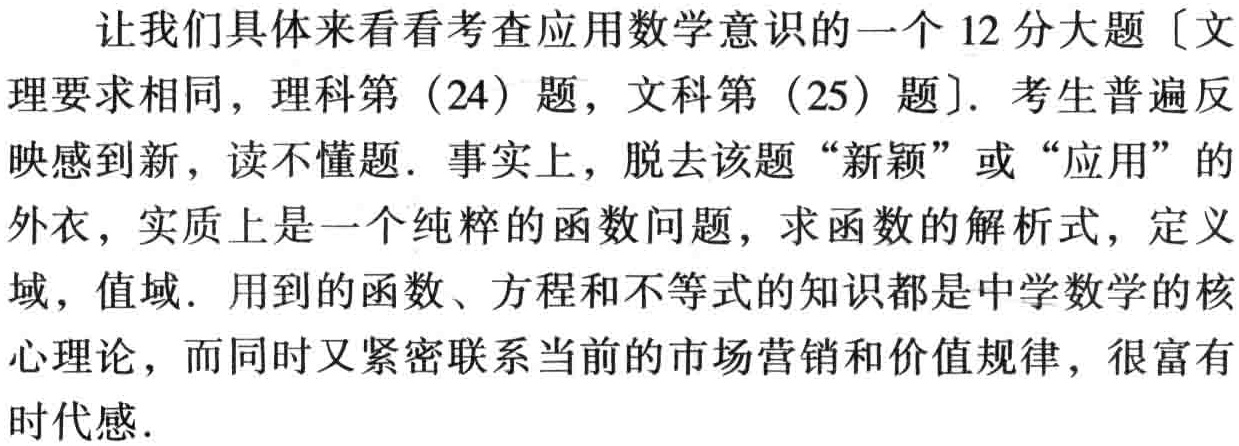
让我们具体来看看考查应用数学意识的一个 12 分大题〔文理要求相同，理科第（24）题，文科第（25）题〕. 考生普遍反映感到新，读不懂题. 事实上，脱去该题“新颖”或“应用”的外衣，实质上是一个纯粹的函数问题，求函数的解析式，定义域，值域. 用到的函数、方程和不等式的知识都是中学数学的核心理论，而同时又紧密联系当前的市场营销和价值规律，很富有时代感.